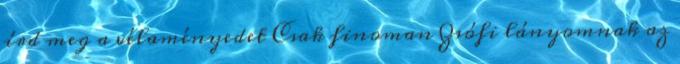
írd meg a vélaményedet Csak finoman Zsófi lányomnak az